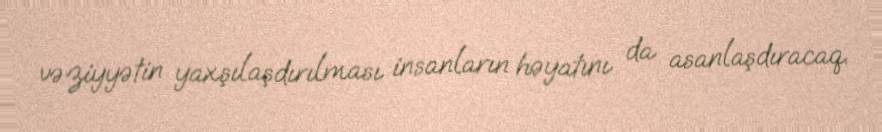
vəziyyətin yaxşılaşdırılması insanların həyatını da asanlaşdıracaq.